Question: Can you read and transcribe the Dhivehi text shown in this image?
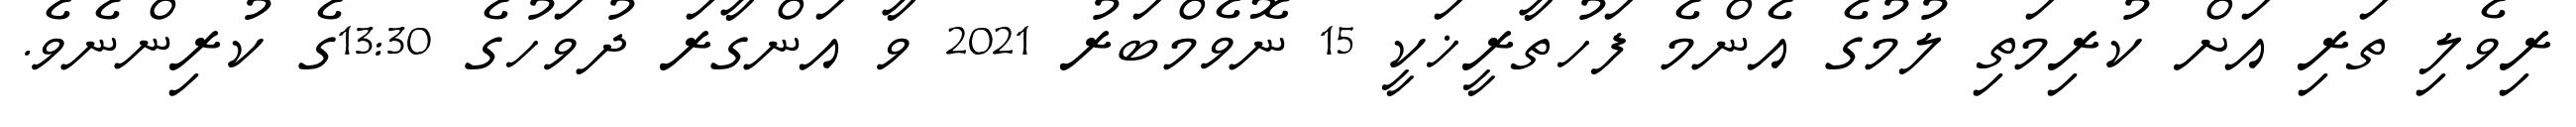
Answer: ރިވެލި ތަރި އަށް ކުރިމަތި ލުމުގެ އެންމެ ފަހުތާރީޚަކީ 15 ނޮވެމްބަރު 2021 ވާ އަންގާރަ ދުވަހުގެ 13:30ގެ ކުރިންނެވެ.